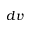
d v